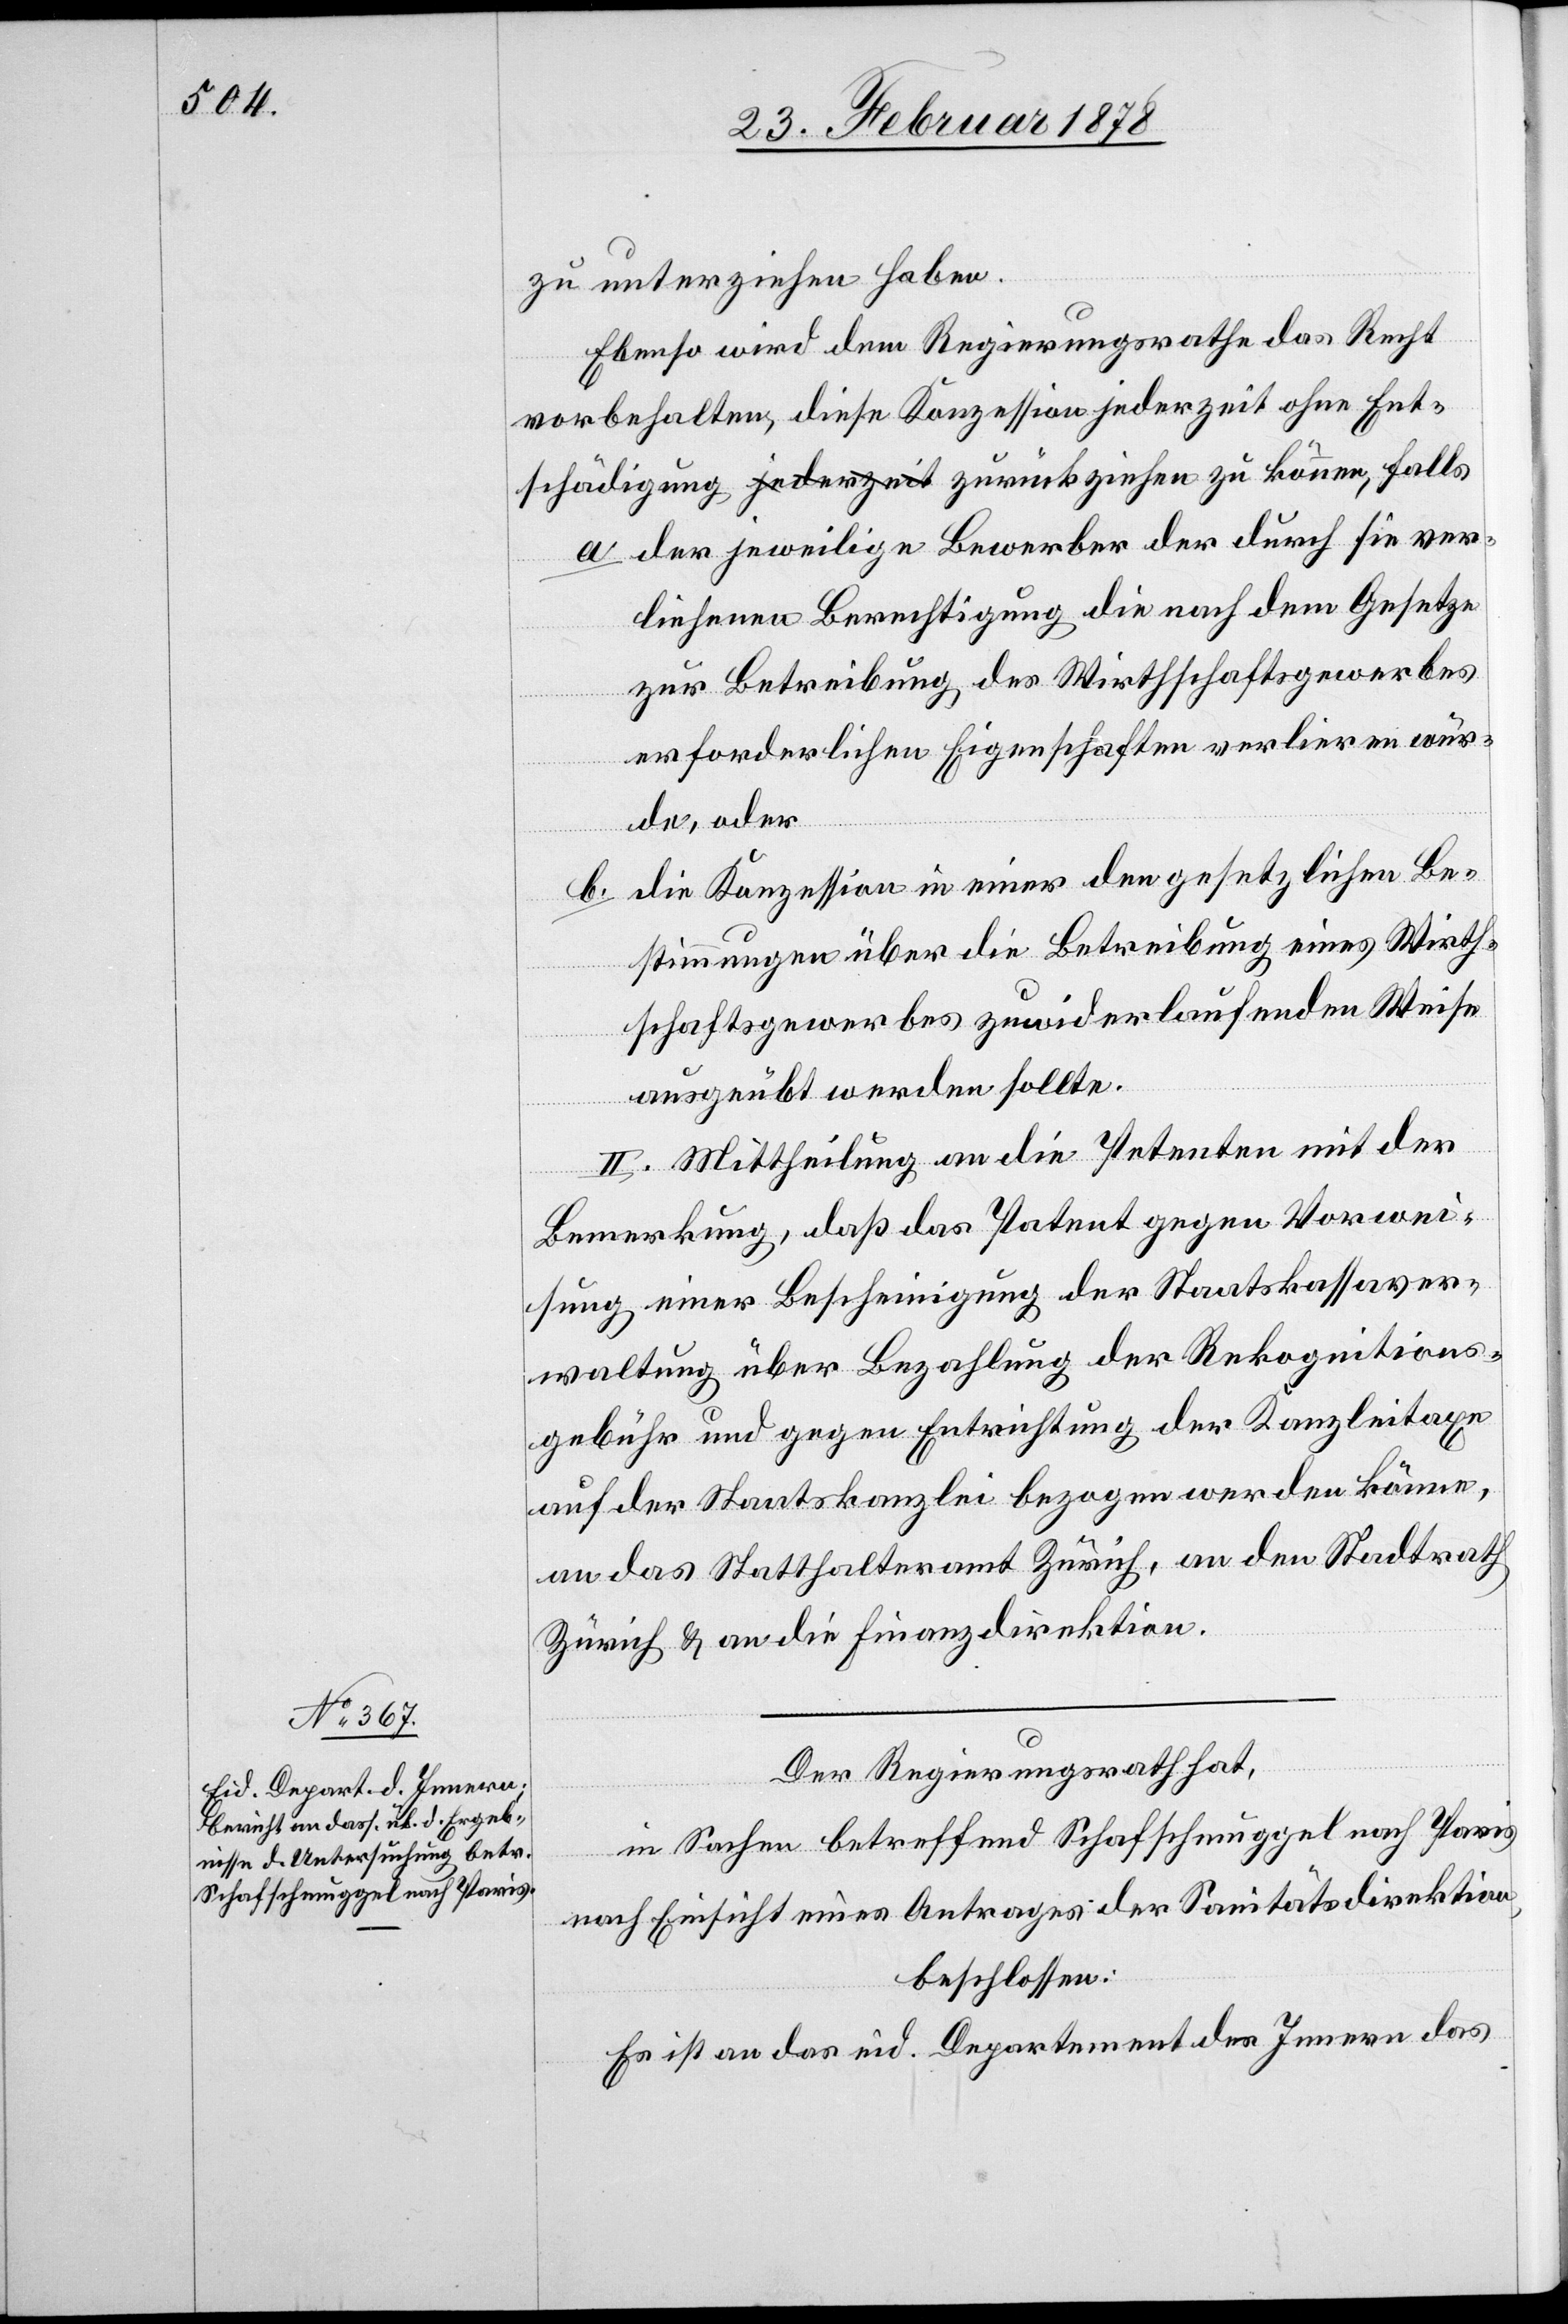
zu unterziehen haben.
Ebenso wird dem Regierungsrathe das Recht
vorbehalten, diese Konzession jederzeit ohne Ent¬
a. der jeweilige Bewerber der durch sie ver¬
nen,
liehenen Berechtigung die nach dem Gesetze
zur Betreibung des Wirthschaftsgewerbes
erforderlichen Eigenschaften verlieren wür¬
de, oder
b. die Konzession in einer den gesetzlichen Be¬
stimmungen über die Betreibung eines Wirth¬
schaftsgewerbes zuwiderlaufenden Weise
ausgeübt werden sollte.
II. Mittheilung an die Petenten mit der
kön¬
Bemerkung, daß das Patent gegen Vorwei¬
sung einer Bescheinigung der Staatskassaver¬
waltung über Bezahlung der Rekognitions¬
gebühr und gegen Entrichtung der Kanzleitaxe
auf der Staatskanzlei bezogen werden könne,
an das Statthalteramt Zürich, an den Stadtrath
Zürich & an die Finanzdirektion.
Der Regierungsrath hat,
in Sachen betreffend Schafschmuggel nach Paris
nach Einsicht eines Antrages der Sanitätsdirektion,
beschlossen:
Es ist an das eid. Department des Innern das